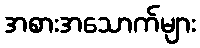
အစားအသောက်များ